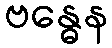
ဗန္ဓေန